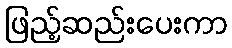
ဖြည့်ဆည်းပေးကာ